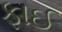
ફાઈ